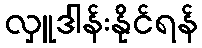
လှူဒါန်းနိုင်ရန်